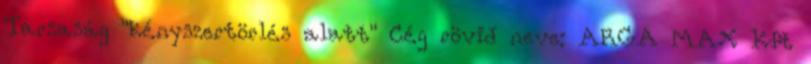
Társaság "kényszertörlés alatt" Cég rövid neve: ARGA MAX Kft